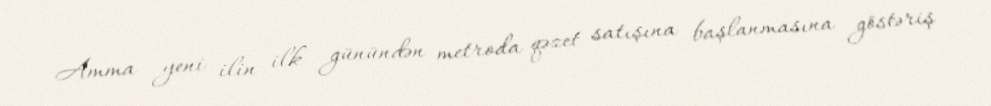
Amma yeni ilin ilk günündən metroda qəzet satışına başlanmasına göstəriş